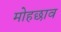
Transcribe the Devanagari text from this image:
मोहछाव